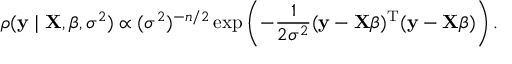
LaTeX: \rho ( \mathbf { y } \mid \mathbf { X } , { \boldsymbol { \beta } } , \sigma ^ { 2 } ) \propto ( \sigma ^ { 2 } ) ^ { - n / 2 } \exp \left( - { \frac { 1 } { 2 \sigma ^ { 2 } } } ( \mathbf { y } - \mathbf { X } { \boldsymbol { \beta } } ) ^ { \mathrm { { T } } } ( \mathbf { y } - \mathbf { X } { \boldsymbol { \beta } } ) \right) .